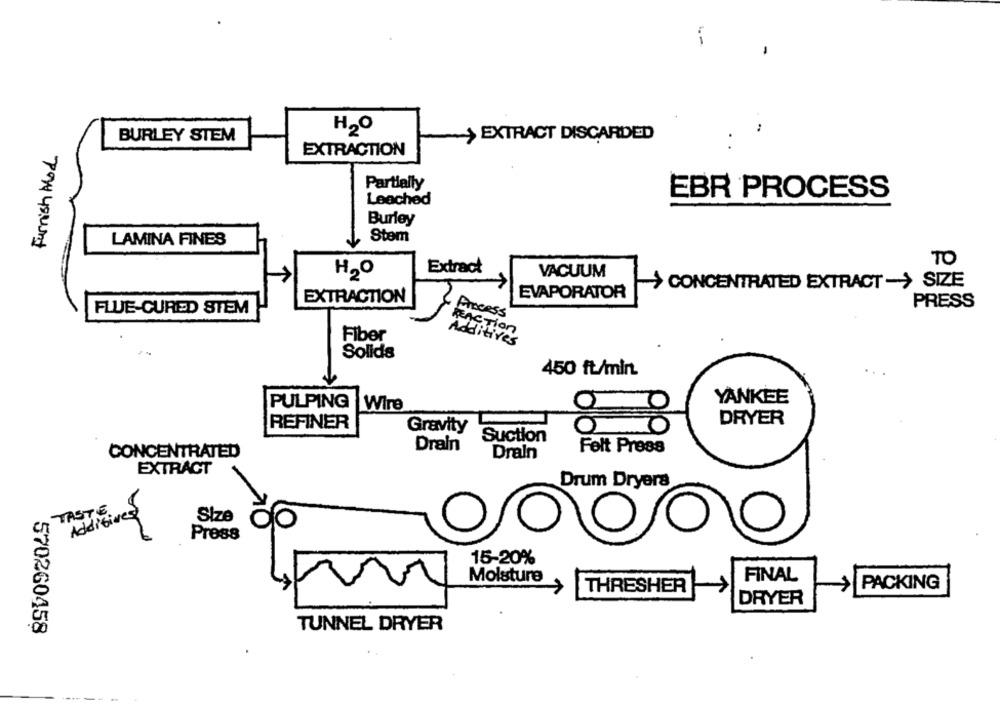
H2O
BURLEY STEM
> EXTRACT DISCARDED
Furnish Mod
EXTRACTION
Partially
EBR PROCESS
Leached
Burley
Stem
LAMINA FINES
TO
H20
Extract
VACUUM
CONCENTRATED EXTRACT-> SIZE
EVAPORATOR
EXTRACTION
FLUE-CURED STEM
PRESS
Process
REACTION
Fiber
Additives
Solids
450 ft/min.
YANKEE
PULPING
Wire
REFINER
DRYER
Gravity
Suction
Drain
Felt Press
CONCENTRATED
Drain
EXTRACT
Drum Dryers
TASTE
Additives
Size
do
Press
15-20%
Moisture
FINAL
PACKING
THRESHER
DRYER
TUNNEL DRYER
570260458